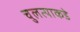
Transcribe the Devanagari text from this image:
चुलत्याकडे